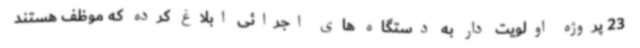
23 پروژه اولویت دار به دستگاه های اجرائی ابلاغ کرده که موظف هستند